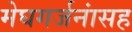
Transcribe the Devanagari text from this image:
मेघगर्जनांसह